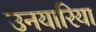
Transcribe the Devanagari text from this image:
उनयारिया